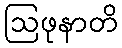
ဩဖုနာတိ